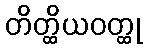
တိတ္ထိယဝတ္ထု